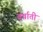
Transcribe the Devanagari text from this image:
वर्षाती